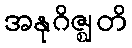
အနုဂိဇ္ဈတိ